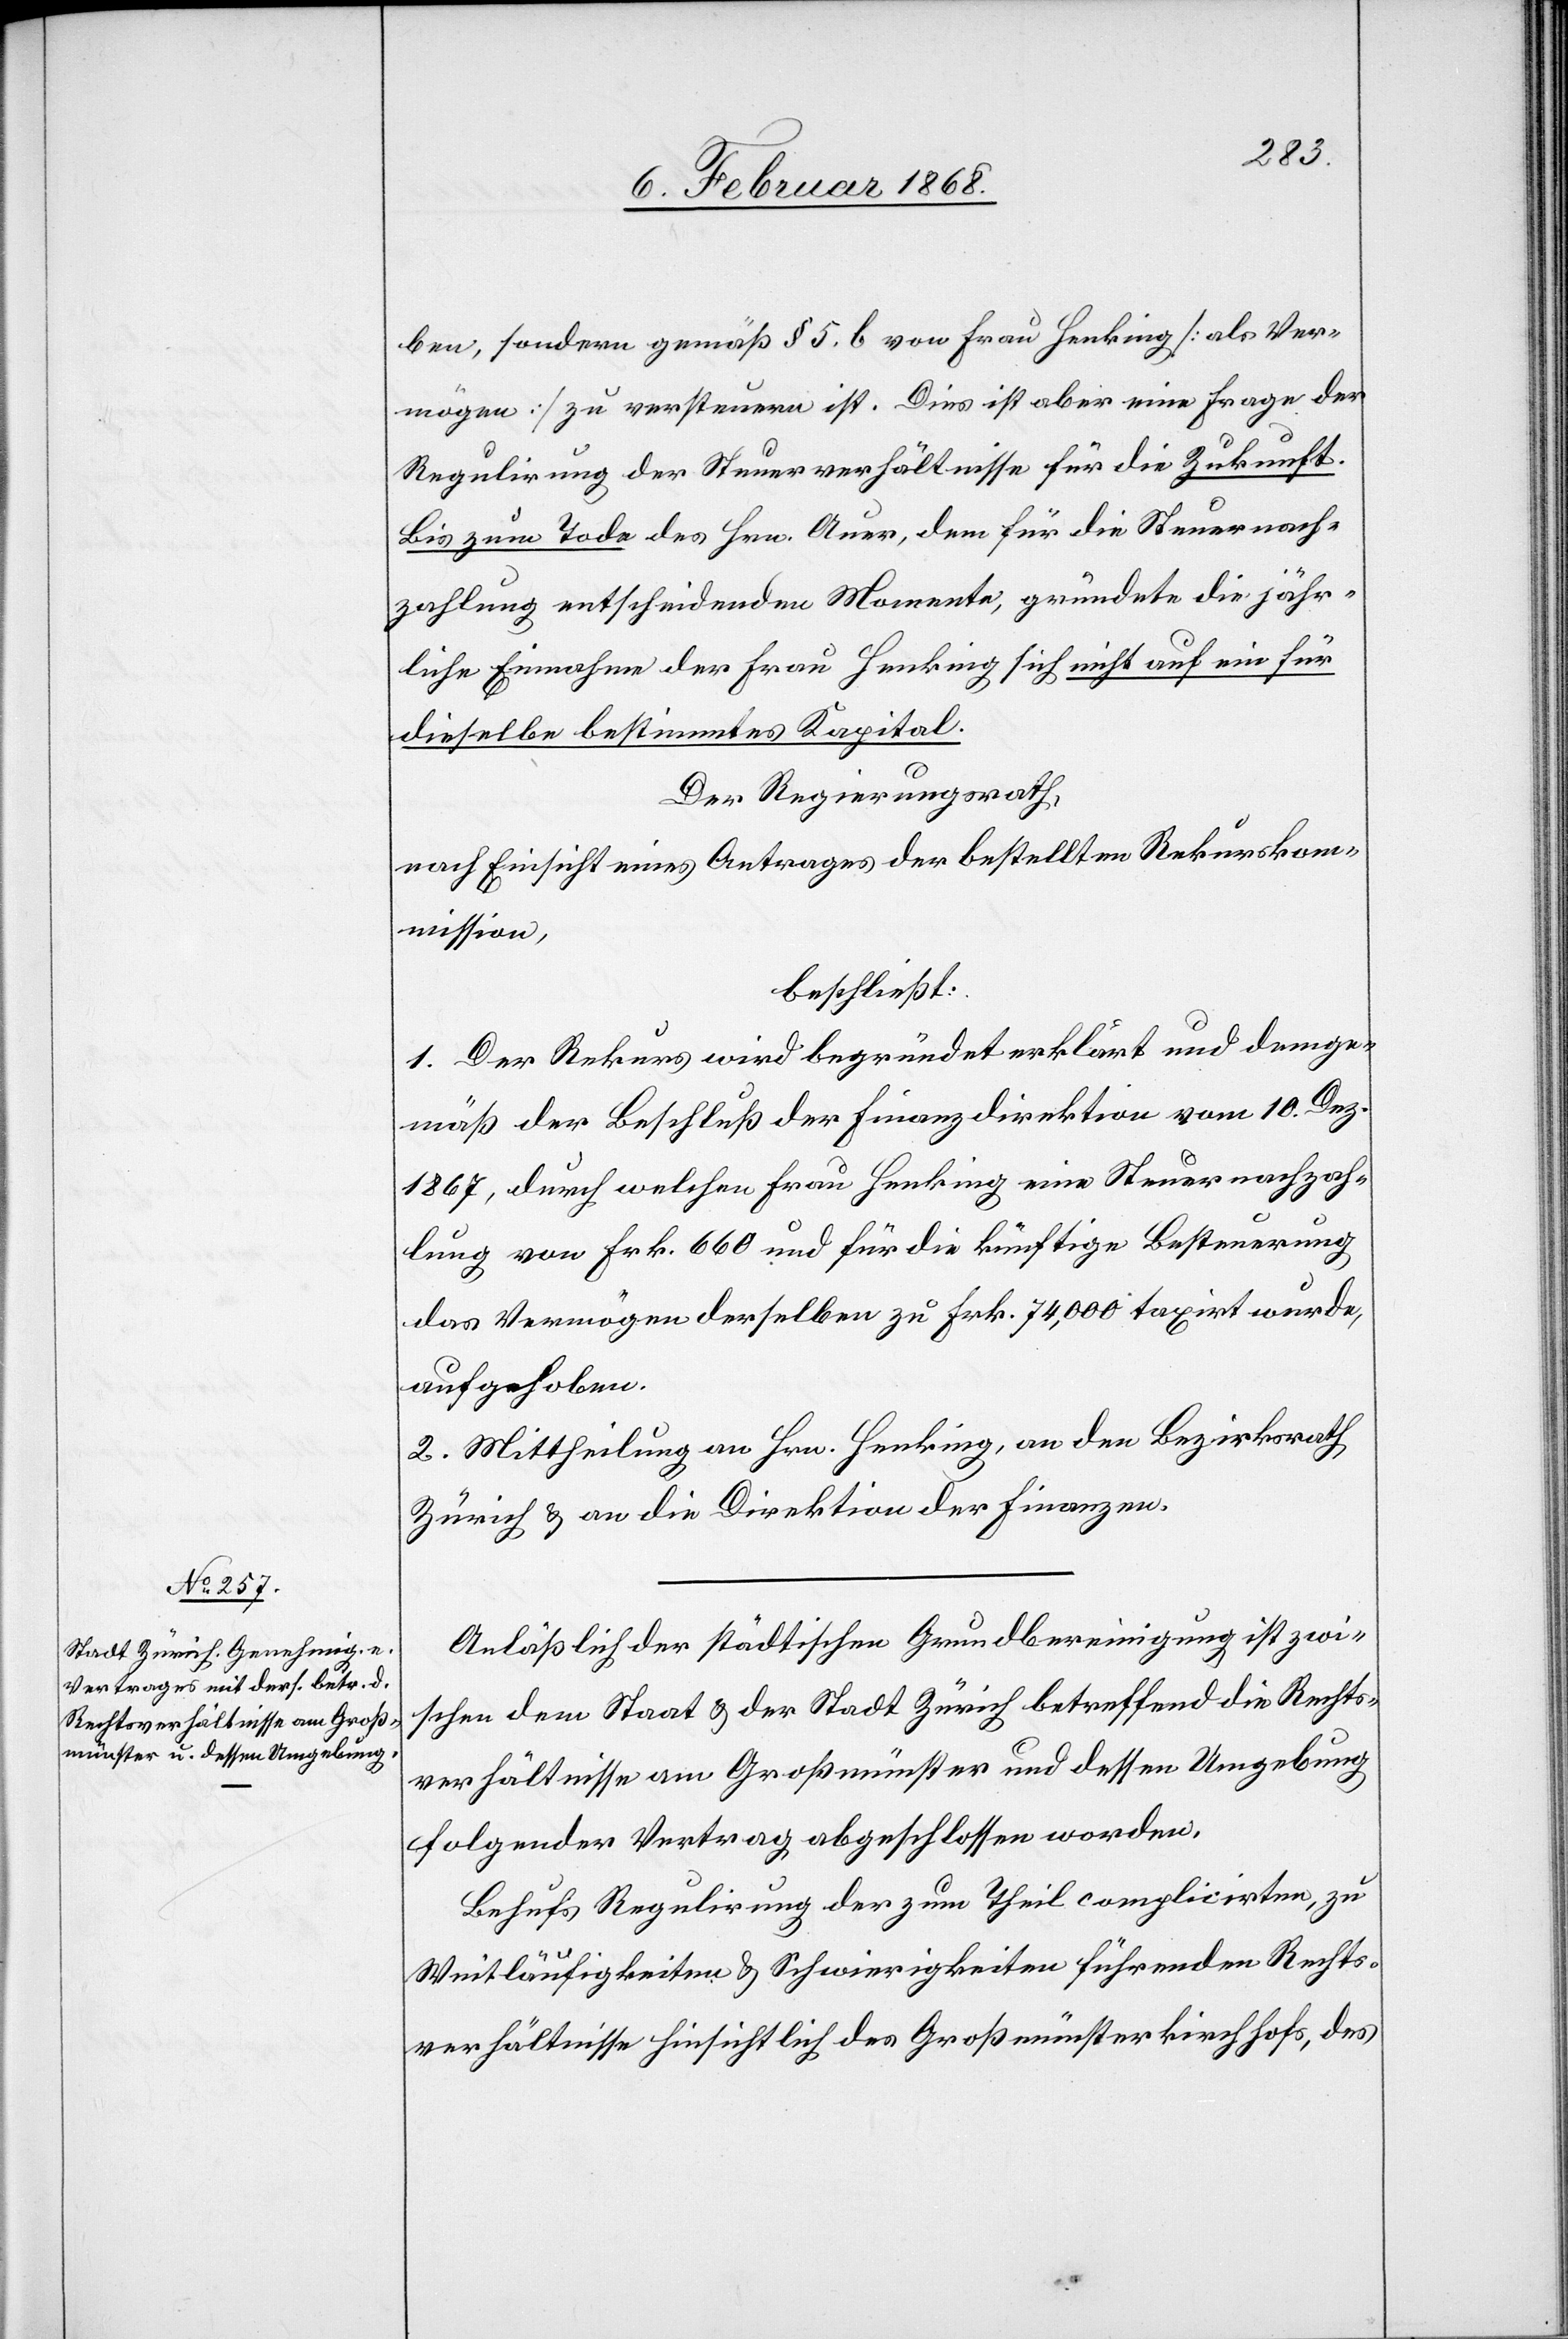
ben, sondern gemäß § 5, b von Frau Henking [als Ver¬
mögen] zu versteuern ist. Dies ist aber eine Frage der
Regulirung der Steuerverhältnisse für die Zukunft.
Bis zum Tode des Hrn. Auer, dem für die Steuernach¬
zahlung entscheidenden Momente, gründete die jähr¬
liche Einnahme der Frau Henking sich nicht auf ein für
dieselbe bestimmtes Kapital.
Der Regierungsrath,
nach Einsicht eines Antrages der bestellten Rekurskom¬
mission,
beschließt:
1. Der Rekurs wird begründet erklärt und demge¬
mäß der Beschluß der Finanzdirektion vom 10. Dez.
1867, durch welchen Frau Henking eine Steuernachzah¬
lung von Frk. 660 und für die künftige Besteuerung
das Vermögen derselben zu Frk. 74,000 taxirt wurde,
aufgehoben.
2. Mittheilung an Hrn. Henking, an den Bezirksrath
Zürich & an die Direktion der Finanzen.
Anläßlich der städtischen Grundbereinigung ist zwi¬
schen dem Staat & der Stadt Zürich betreffend die Rechts¬
verhältnisse am Großmünster und dessen Umgebung
folgender Vertrag abgeschlossen worden.
Behufs Regulirung der zum Theil complicirten, zu
Weitläufigkeiten & Schwierigkeiten führenden Rechts¬
verhältnisse hinsichtlich des Großmünsterkirchhofs, des